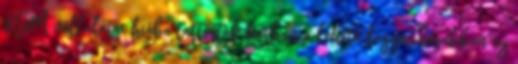
KGM vállalatai hiába tartották karban a lehető leggondosabban az